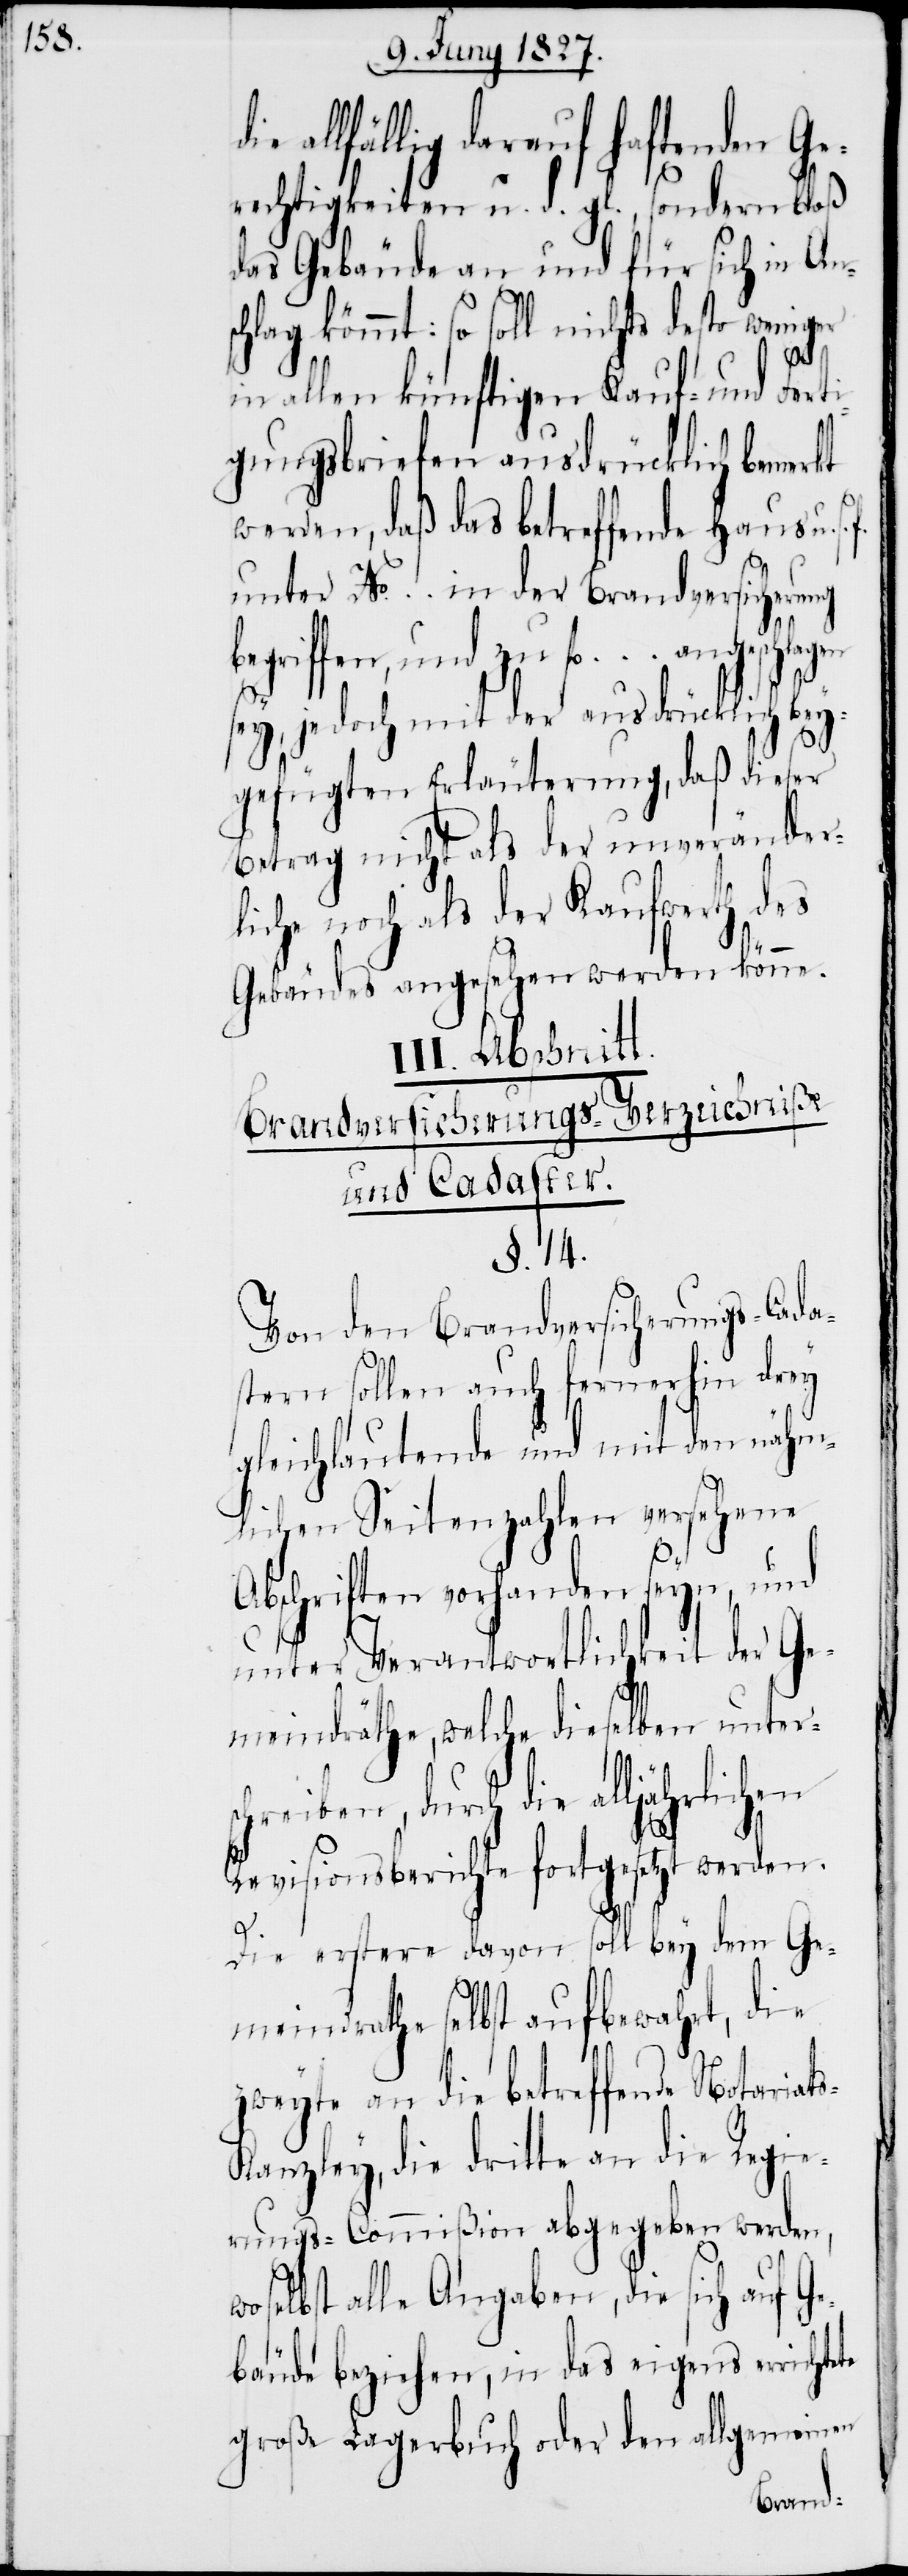
allfällig darauf haftenden Ge¬
rechtigkeiten u. d. gl., sondern bloß
das Gebäude an und für sich in An¬
chlag kömmt: so soll nichts desto weniger
te
in allen künftigen Kauf- und Ferti¬
gungsbriefen ausdrücklich bemerkt
werden, daß das betreffende Haus u. s.
unter No. ... in der Brandversicherung
begriffen, und zu fl. ... angeschl¬
sey, jedoch mit der ausdrücklich bey¬
gefügten Erläuterung, daß dieser
Betrag nicht als der unveränder¬
liche noch als der Kaufwerth des
Gebäudes angesehen werden könne.
III. Abschnitt.
Brandversicherungs-Verzeichniße
und Cadaster.
§. 14.
Von den Brandversicherungs-Cada¬
stern sollen auch fernerhin drey
gleichlautende und mit den nähm¬
lichen Seitenzahlen versehene
Abschriften vorhanden seyn, und
unter Verantwortlichkeit der Ge¬
meindräthe, welche dieselben unters¬
chreiben, durch die
Revisionsberichte fortgesetzt werden.
s¬
Die erstere davon soll bey dem Ge¬
meindrathe selbst aufbewahrt, die
zweyte an die betreffende Notariat¬
s-Kanzley, die dritte an die Regie¬
rungs-Commißion abgegeben werden,
selbst alle Angaben, die sich auf G¬
ebäude beziehen, in das eigens errichte¬
große Lagerbuch oder den allgemeinen